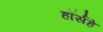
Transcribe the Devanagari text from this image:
हॉर्सहे